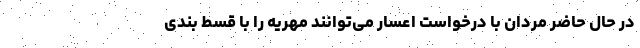
در حال حاضر مردان با درخواست اعسار می‌توانند مهریه را با قسط بندی